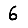
Digit: 6